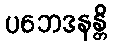
ပဘေဒနန္တိ